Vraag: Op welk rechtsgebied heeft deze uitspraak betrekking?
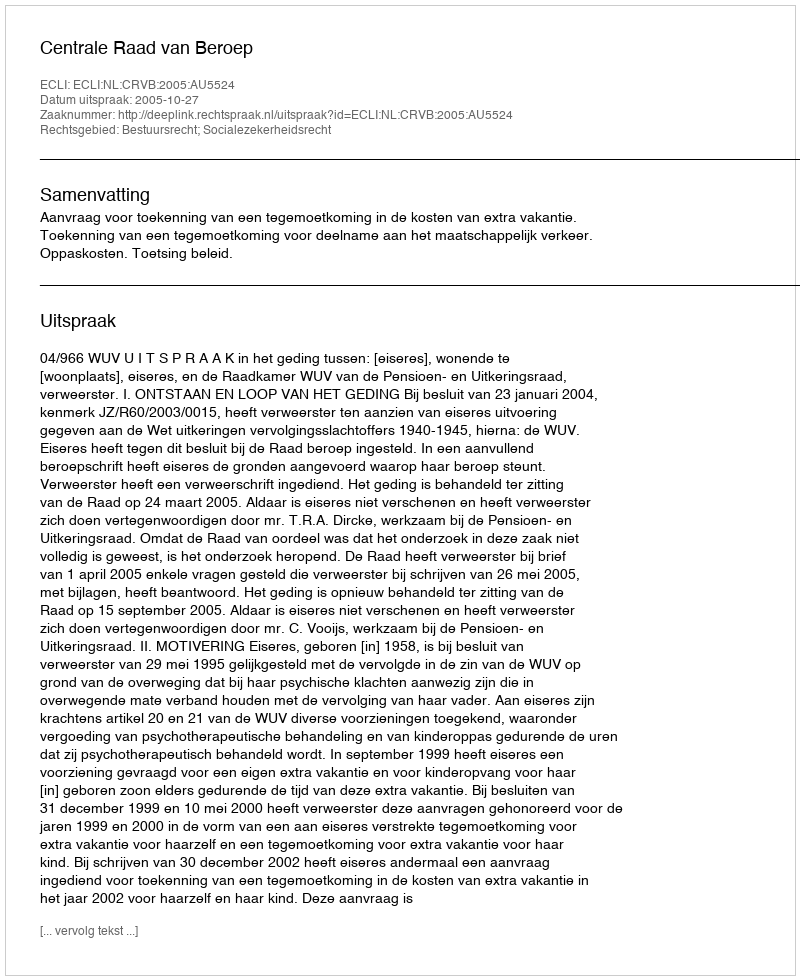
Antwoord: Bestuursrecht; Socialezekerheidsrecht